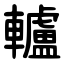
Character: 轤